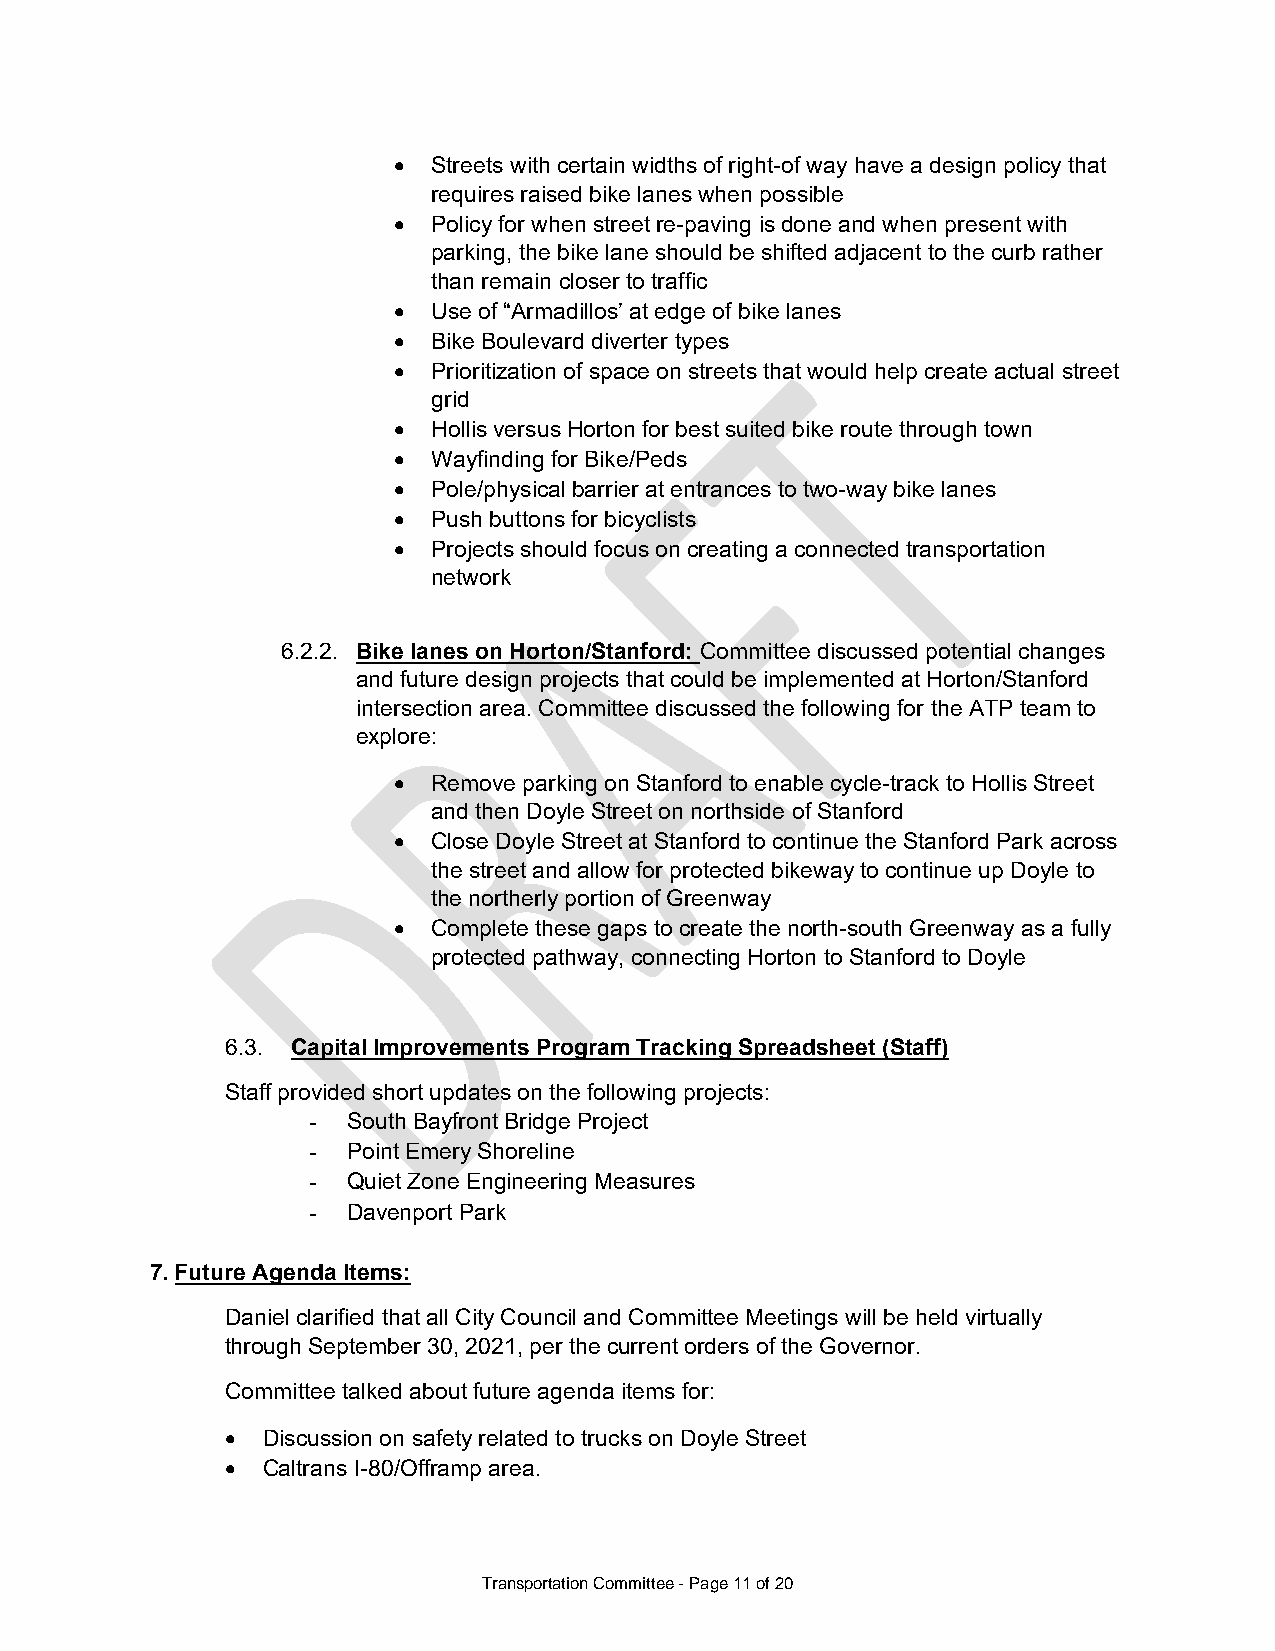
  Streets with certain widths of right-of way have a design policy that
 requires raised bike lanes when possible
   Policy for when street re-paving is done and when present with
 parking, the bike lane should be shifted adjacent to the curb rather
 than remain closer to traffic
   Use of “Armadillos’ at edge of bike lanes
   Bike Boulevard diverter types
   Prioritization of space on streets that would help create actual street
 grid
   Hollis versus Horton for best suited bike route through town
   Wayfinding for Bike/Peds
   Pole/physical barrier at entrances to two-way bike lanes
   Push buttons for bicyclists
   Projects should focus on creating a connected transportation
 network
 6.2.2. Bike lanes on Horton/Stanford: Committee discussed potential changes
 and future design projects that could be implemented at Horton/Stanford
 intersection area. Committee discussed the following for the ATP team to
 explore:
   Remove parking on Stanford to enable cycle-track to Hollis Street
 and then Doyle Street on northside of Stanford
   Close Doyle Street at Stanford to continue the Stanford Park across
 the street and allow for protected bikeway to continue up Doyle to
 the northerly portion of Greenway
   Complete these gaps to create the north-south Greenway as a fully
 protected pathway, connecting Horton to Stanford to Doyle
 6.3. Capital Improvements Program Tracking Spreadsheet (Staff)
 Staff provided short updates on the following projects:
 -  South Bayfront Bridge Project
 -  Point Emery Shoreline
 -  Quiet Zone Engineering Measures
 -  Davenport Park
 7. Future Agenda Items:
 Daniel clarified that all City Council and Committee Meetings will be held virtually
 through September 30, 2021, per the current orders of the Governor.
 Committee talked about future agenda items for:
  Discussion on safety related to trucks on Doyle Street
  Caltrans I-80/Offramp area.
 Transportation Committee - Page 11 of 20